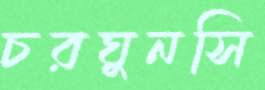
চরঘুনসি